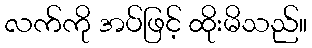
လက်ကို အပ်ဖြင့် ထိုးမိသည်။